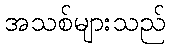
အသစ်များသည်